Leaving Certificate Examination, 1907
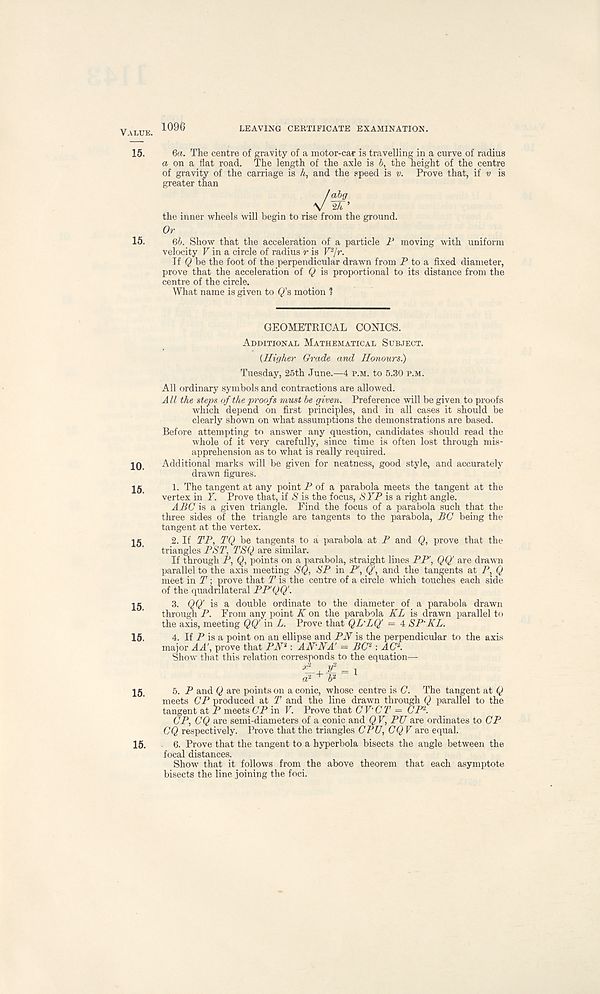
Value.
15.
15.
10.
15.
15.
15.
15.
15.
15.
1096
LEAVING CERTIFICATE EXAMINATION.
6<i. The centre of gravity of a motor-car is travelling in a curve of radius
a on a flat road. The length of the axle is b, the height of the centre
of gravity of the carriage is h, and the speed is v. Prove that, if v is
greater than
the inner wheels will begin to rise from the ground.
Or
Qb. Show that the acceleration of a particle F moving with uniform
velocity V in a circle of radius r is F 2 / r -
Tf Q be the foot of the perpendicular drawn from P to a fixed diameter,
prove that the acceleration of Q is proportional to its distance from the
centre of the circle.
What name is given to Q' s, motion 1
GEOMETRICAL CONICS.
Additional Mathematical Subject.
(Higher Grade and Honours.)
Tuesday, 25th June.—4 p.m. to 5.30 p.m.
All ordinary symbols and contractions are allowed.
All the steps of the proofs must be given. Preference will be given to proofs
which depend on first principles, and in all cases it should be
clearly shown on what assumptions the demonstrations are based.
Before attempting to answer any question, candidates should read the
whole of it very carefully, since time is often lost through mis-
apprehension as to what is really required.
Additional marks will be given for neatness, good style, and accurately
drawn figures.
1. The tangent at any point P of a parabola meets the tangent at the
vertex in Y. Prove that, if S is the focus, S YP is a right angle.
ABC is a given triangle. Find the focus of a parabola such that the
three sides of the triangle are tangents to the parabola, BC being the
tangent at the vertex.
2. If TP, TQ be tangents to a parabola at P and Q, prove that the
triangles PST, TSQ are similar.
If through P, Cf points on a parabola, straight lines PP, QQ' are drawn
parallel to the axis meeting SQ, SP in P', Q' , and the tangents at P, Q
meet in T; prove that T is the centre of a circle which touches each side
of the quadrilateral PP'QQ'.
3. QQ' is a double ordinate to the diameter of a parabola drawn
through P. From any point K on the parabola KL is drawn parallel to
the axis, meeting QQ' in L. Prove that QL'LQ' = 4 SP'KL.
4. If P is a point on an ellipse and PH is the perpendicular to the axis
major A A' , prove that PH J : AN'NA’ = BC* : ACf.
Show that this relation corresponds to the equation—
5. P and Q are points on a conic, whose centre is C. The tangent at Q
meets CP produced at T and the line drawn through Q parallel to the
tangent at P meets CP in V. Prove that CV'CT = CP 2 .
CP, CQ are semi-diameters of a conic and Q V, PTJ are ordinates to CP
CQ respectively. Prove that the triangles CPU, CQ V are equal.
6. Prove that the tangent to a hyperbola bisects the angle between the
focal distances.
Show that it follows from the above theorem that each asymptote
bisects the line joining the foci.